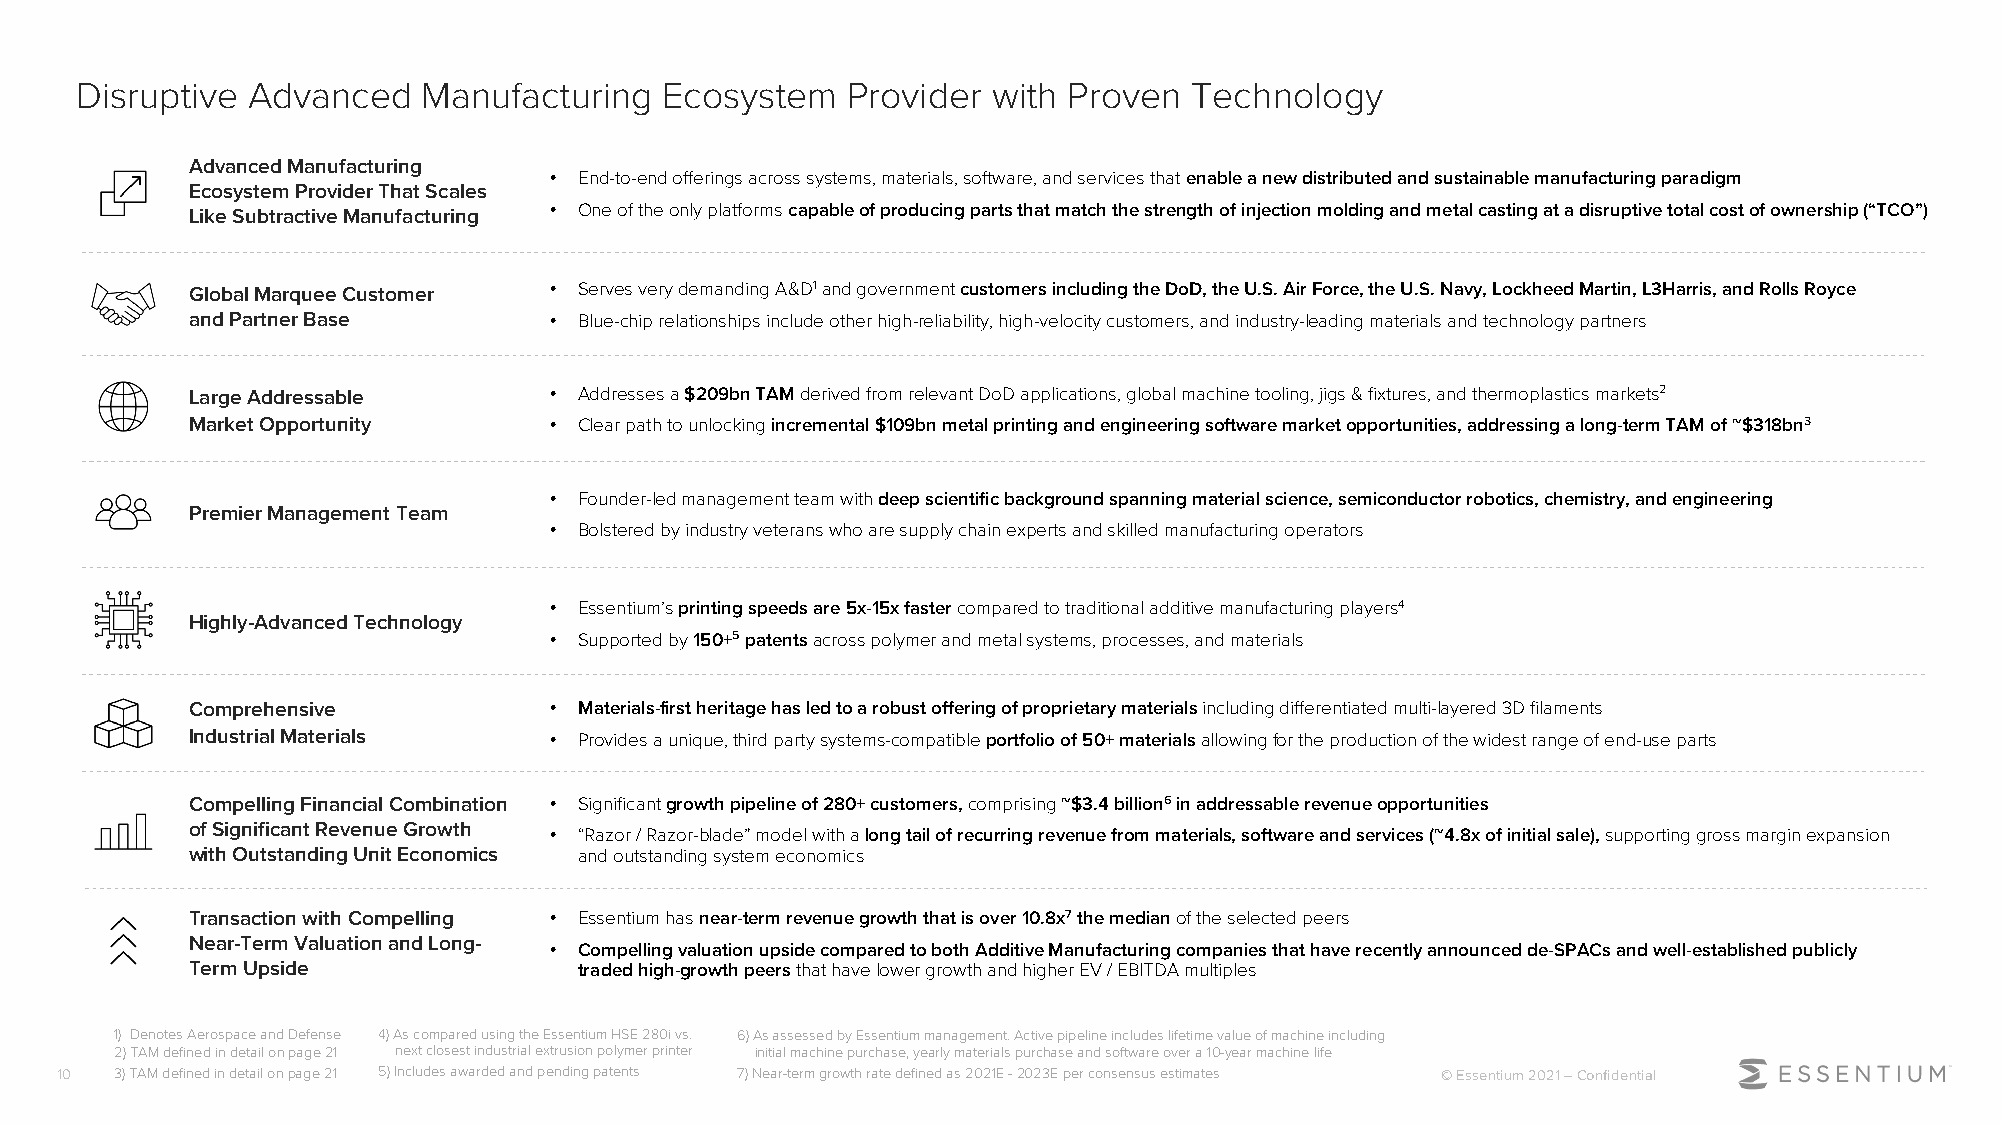
Disruptive Advanced    Manufacturing   Ecosystem   Provider  with Proven  Technology
 Advanced Manufacturing
 • End-to-end offerings across systems, materials, software, and services that enable a new distributed and sustainable manufacturing paradigm
 Ecosystem Provider That Scales
 Like Subtractive Manufacturing • One of the only platforms capable of producing parts that match the strength of injection molding and metal casting at a disruptive total cost of ownership (“TCO”)
 Global Marquee Customer • Serves very demanding A&D1and government customers including the DoD, the U.S. Air Force, the U.S. Navy, Lockheed Martin, L3Harris, and Rolls Royce
 and Partner Base        • Blue-chip relationships include other high-reliability, high-velocity customers, and industry-leading materials and technology partners
 Large Addressable       • Addresses a $209bn TAM derived from relevant DoD applications, global machine tooling, jigs & fixtures, and thermoplastics markets2
 Market Opportunity      • Clear path to unlocking incremental $109bn metal printing and engineering software market opportunities, addressing a long-term TAM of ~$318bn3
 • Founder-led management team with deep scientific background spanning material science, semiconductor robotics, chemistry, and engineering
 Premier Management Team
 • Bolstered by industry veterans who are supply chain experts and skilled manufacturing operators
 • Essentium’s printing speeds are 5x-15x faster compared to traditional additive manufacturing players4
 Highly-Advanced Technology
 • Supported by 150+5patentsacross polymer and metal systems, processes, and materials
 Comprehensive           • Materials-first heritage has led to a robust offering of proprietary materials including differentiated multi-layered 3D filaments
 Industrial Materials    • Provides a unique, third partysystems-compatible portfolio of 50+ materials allowing for the production ofthe widest range of end-use parts
 Compelling Financial Combination • Significant growth pipeline of 280+ customers,comprising ~$3.4 billion6in addressable revenue opportunities
 of Significant Revenue Growth
 • “Razor / Razor-blade” model with a long tail of recurring revenue from materials, software and services (~4.8x of initial sale), supporting gross margin expansion
 with Outstanding Unit Economics and outstanding system economics
 Transaction with Compelling • Essentium has near-term revenue growth that is over 10.8x7the median of the selected peers
 Near-Term Valuation and Long-
 • Compelling valuation upside compared to both Additive Manufacturing companies that have recently announced de-SPACs and well-established publicly
 Term Upside               traded high-growth peers that have lower growth and higher EV / EBITDA multiples
 1) DenotesAerospaceandDefense 4) As compared using the Essentium HSE 280i vs. 6) As assessed by Essentium management. Active pipeline includes lifetime value of machine including
 2)TAMdefinedindetailonpage21 next closest industrial extrusion polymer printer initial machine purchase, yearly materials purchase and software over a 10-year machine life
 10  3)TAMdefinedindetailonpage21 5) Includes awarded and pending patents 7) Near-term growth rate defined as 2021E -2023E per consensus estimates © Essentium 2021 –Confidential